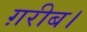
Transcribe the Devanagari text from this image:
ग़रीब।